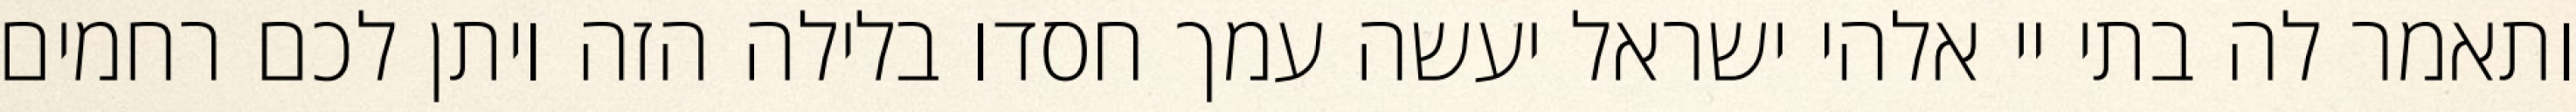
ותאמר לה בתי יי אלהי ישראל יעשה עמך חסדו בלילה הזה ויתן לכם רחמים